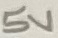
Text: 5V